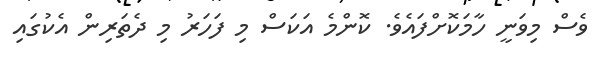
ވެސް މިވަނީ ހާމަކޮށްފައެވެ. ކޮންމެ އަކަސް މި ފަހަރު މި ދެތަރިން އެކުގައި